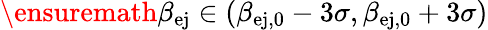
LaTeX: \ensuremath{\beta_{\mathrm{ej}}}{}\in(\beta_{\mathrm{ej,0}}-3\sigma,\beta_{\mathrm{ej,0}}+3\sigma)